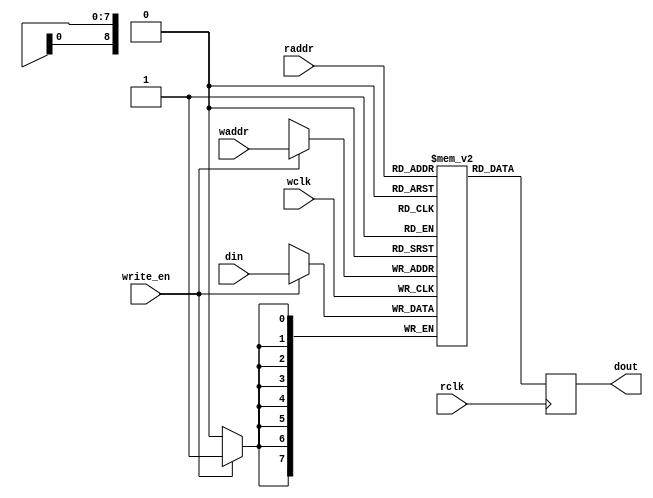
`timescale 1ns / 1ps

/*module generic_ram
#(
//--------------------------------------------------------------------------
    parameter DATA_WIDTH = 8, //records size
    parameter ADDR_WIDTH = 10, //nb records <= 2**ADDR_WIDTH
    parameter IN_FILENAME = "?"
//----------------------------------------------------------------------
)*/
module generic_ram (din, write_en, waddr, wclk, raddr, rclk, dout);
  parameter ADDR_WIDTH = 9;
  parameter DATA_WIDTH = 8;
  parameter IN_FILENAME = "?";
  input [ADDR_WIDTH-1:0] waddr;
  input [ADDR_WIDTH-1:0] raddr;
  input [DATA_WIDTH-1:0] din;
  input write_en, wclk, rclk;
  output reg [DATA_WIDTH-1:0] dout;
  reg [DATA_WIDTH-1:0] mem [0:(1<<ADDR_WIDTH)-1];
  if (IN_FILENAME!="?")
        initial $readmemh (IN_FILENAME, mem);
  always @(posedge wclk) // Write memory.
    begin
    if (write_en)
      mem[waddr] <= din; // Using write address bus.
  end
  always @(posedge rclk) // Read memory.
  begin
    dout <= mem[raddr]; // Using read address bus.
  end

//`ifdef SIM
//  wire [DATA_WIDTH-1:0] prog_start_0 = mem[16'h0600];
//  wire [DATA_WIDTH-1:0] prog_start_1 = mem[16'h0601];
//`endif

endmodule